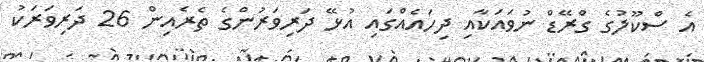
އެ ސްކޫލުގެ ގްރޭޑް ނުވައަކާއި ދިހައެއްގައި އުޅޭ ދަރިވަރުންގެ ތެރެއިން 26 ދަރިވަރަކު